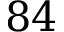
8 4